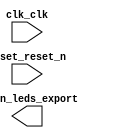

module niosSystem (
	clk_clk,
	reset_reset_n,
	green_leds_export);	

	input		clk_clk;
	input		reset_reset_n;
	output	[7:0]	green_leds_export;
endmodule